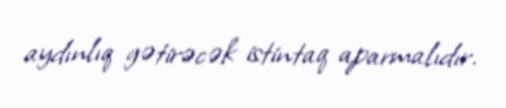
aydınlıq gətirəcək istintaq aparmalıdır.